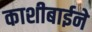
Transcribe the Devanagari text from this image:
काशीबाईने